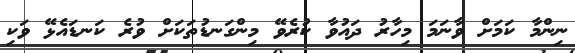
ނިންމާ ކަމަށް ވާނަމަ މިހާރު ދައުވާ ކުރެވޭ މިންގަނޑުތަކަށް ވުރެ ކަނޑައެޅޭ ވަކި